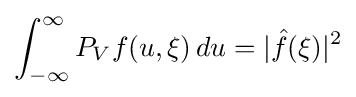
\int _{-\infty }^{\infty }P_{V}f(u,\xi )\,du=|{\hat {f}}(\xi )|^{2}